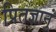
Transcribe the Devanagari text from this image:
प्रितज्ञानुं